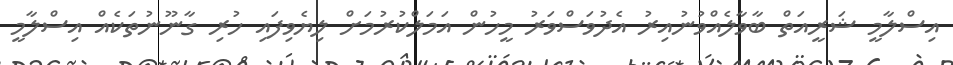
އިސްލާމީ ޝަރީއަތް ބާވާލެއްވުނުއިރު އެދުވަސްވަރު މީހުން އަމަލްކުރުމަށް ލިޔެވިފައި ހުރި ގާނޫނުތަކެއް އިސްލާމީ